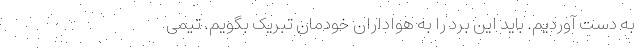
به دست آوردیم. باید این برد را به هواداران خودمان تبریک بگویم. تیمی